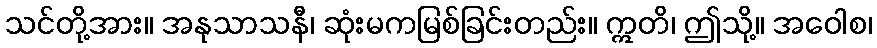
သင်တို့အား။ အနုသာသနီ၊ ဆုံးမကမြစ်ခြင်းတည်း။ ဣတိ၊ ဤသို့။ အဝေါစ၊